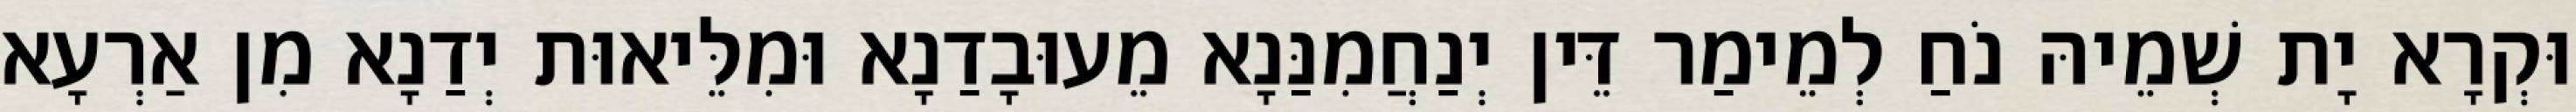
וּקְרָא יָת שְׁמֵיהּ נֹחַ לְמֵימַר דֵּין יְנַחֲמִנַּנָא מֵעוּבָדַנָא וּמִלֵּיאוּת יְדַנָא מִן אַרְעָא